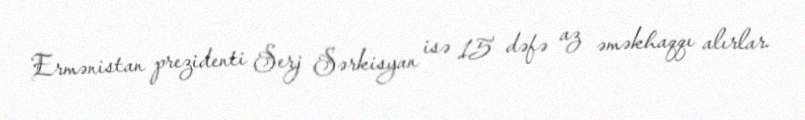
Ermənistan prezidenti Serj Sərkisyan isə 15 dəfə az əməkhaqqı alırlar.